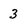
Character: 3